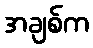
အချစ်က